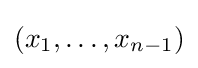
(x_{1},\ldots ,x_{n-1})